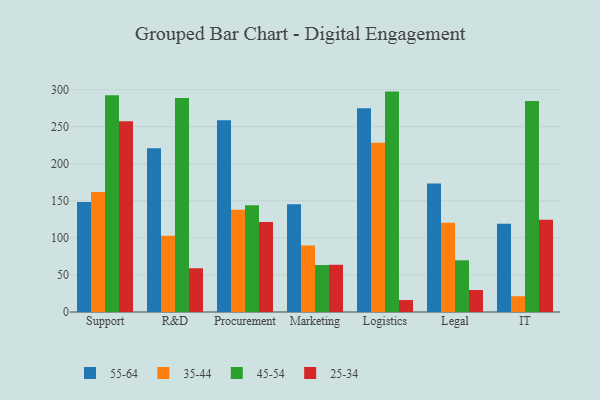
{"axis": {"x": "Department", "y": "Revenue (USD Million)"}, "legend": ["25-34", "35-44", "45-54", "55-64"], "data": [{"x": "Support", "y": 148.4, "type": "55-64"}, {"x": "Support", "y": 161.9, "type": "35-44"}, {"x": "Support", "y": 292.5, "type": "45-54"}, {"x": "Support", "y": 257.3, "type": "25-34"}, {"x": "R&D", "y": 221.0, "type": "55-64"}, {"x": "R&D", "y": 102.7, "type": "35-44"}, {"x": "R&D", "y": 288.6, "type": "45-54"}, {"x": "R&D", "y": 59.0, "type": "25-34"}, {"x": "Procurement", "y": 258.6, "type": "55-64"}, {"x": "Procurement", "y": 137.8, "type": "35-44"}, {"x": "Procurement", "y": 144.0, "type": "45-54"}, {"x": "Procurement", "y": 121.3, "type": "25-34"}, {"x": "Marketing", "y": 145.3, "type": "55-64"}, {"x": "Marketing", "y": 89.7, "type": "35-44"}, {"x": "Marketing", "y": 63.3, "type": "45-54"}, {"x": "Marketing", "y": 63.7, "type": "25-34"}, {"x": "Logistics", "y": 274.7, "type": "55-64"}, {"x": "Logistics", "y": 228.4, "type": "35-44"}, {"x": "Logistics", "y": 297.3, "type": "45-54"}, {"x": "Logistics", "y": 16.1, "type": "25-34"}, {"x": "Legal", "y": 173.4, "type": "55-64"}, {"x": "Legal", "y": 120.4, "type": "35-44"}, {"x": "Legal", "y": 69.7, "type": "45-54"}, {"x": "Legal", "y": 29.7, "type": "25-34"}, {"x": "IT", "y": 118.9, "type": "55-64"}, {"x": "IT", "y": 21.3, "type": "35-44"}, {"x": "IT", "y": 284.5, "type": "45-54"}, {"x": "IT", "y": 124.4, "type": "25-34"}]}